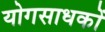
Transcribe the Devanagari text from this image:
योगसाधकों